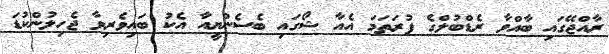
ރާއްޖޭގައި ބާއްވާ ރެޑްބުލްގެ ފުރަތަމަ އެއާ ޝޯގައި ބެސެންޔީއާ އެކު ބައިވެރިވާ ޖެހިލުންކުޑަ